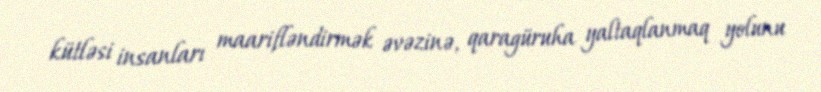
kütləsi insanları maarifləndirmək əvəzinə, qaragüruha yaltaqlanmaq yolunu